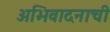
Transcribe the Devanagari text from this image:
अभिवादनाची